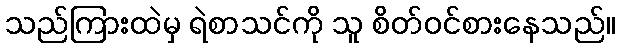
သည်ကြားထဲမှ ရဲစာသင်ကို သူ စိတ်ဝင်စားနေသည်။